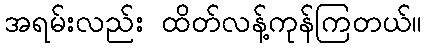
အရမ်းလည်း ထိတ်လန့်ကုန်ကြတယ်။